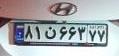
۸۱ن۶۶۳۷۷